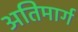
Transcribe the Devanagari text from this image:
अतिमार्ग